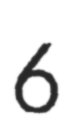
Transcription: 6